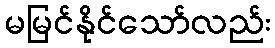
မမြင်နိုင်သော်လည်း